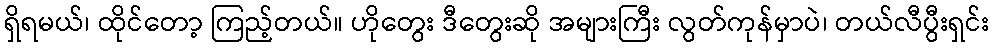
ရှိရမယ်၊ ထိုင်တော့ ကြည့်တယ်။ ဟိုတွေး ဒီတွေးဆို အများကြီး လွတ်ကုန်မှာပဲ၊ တယ်လီပွီးရှင်း